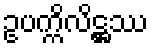
ဥပက္ကိလိဋ္ဌဿ